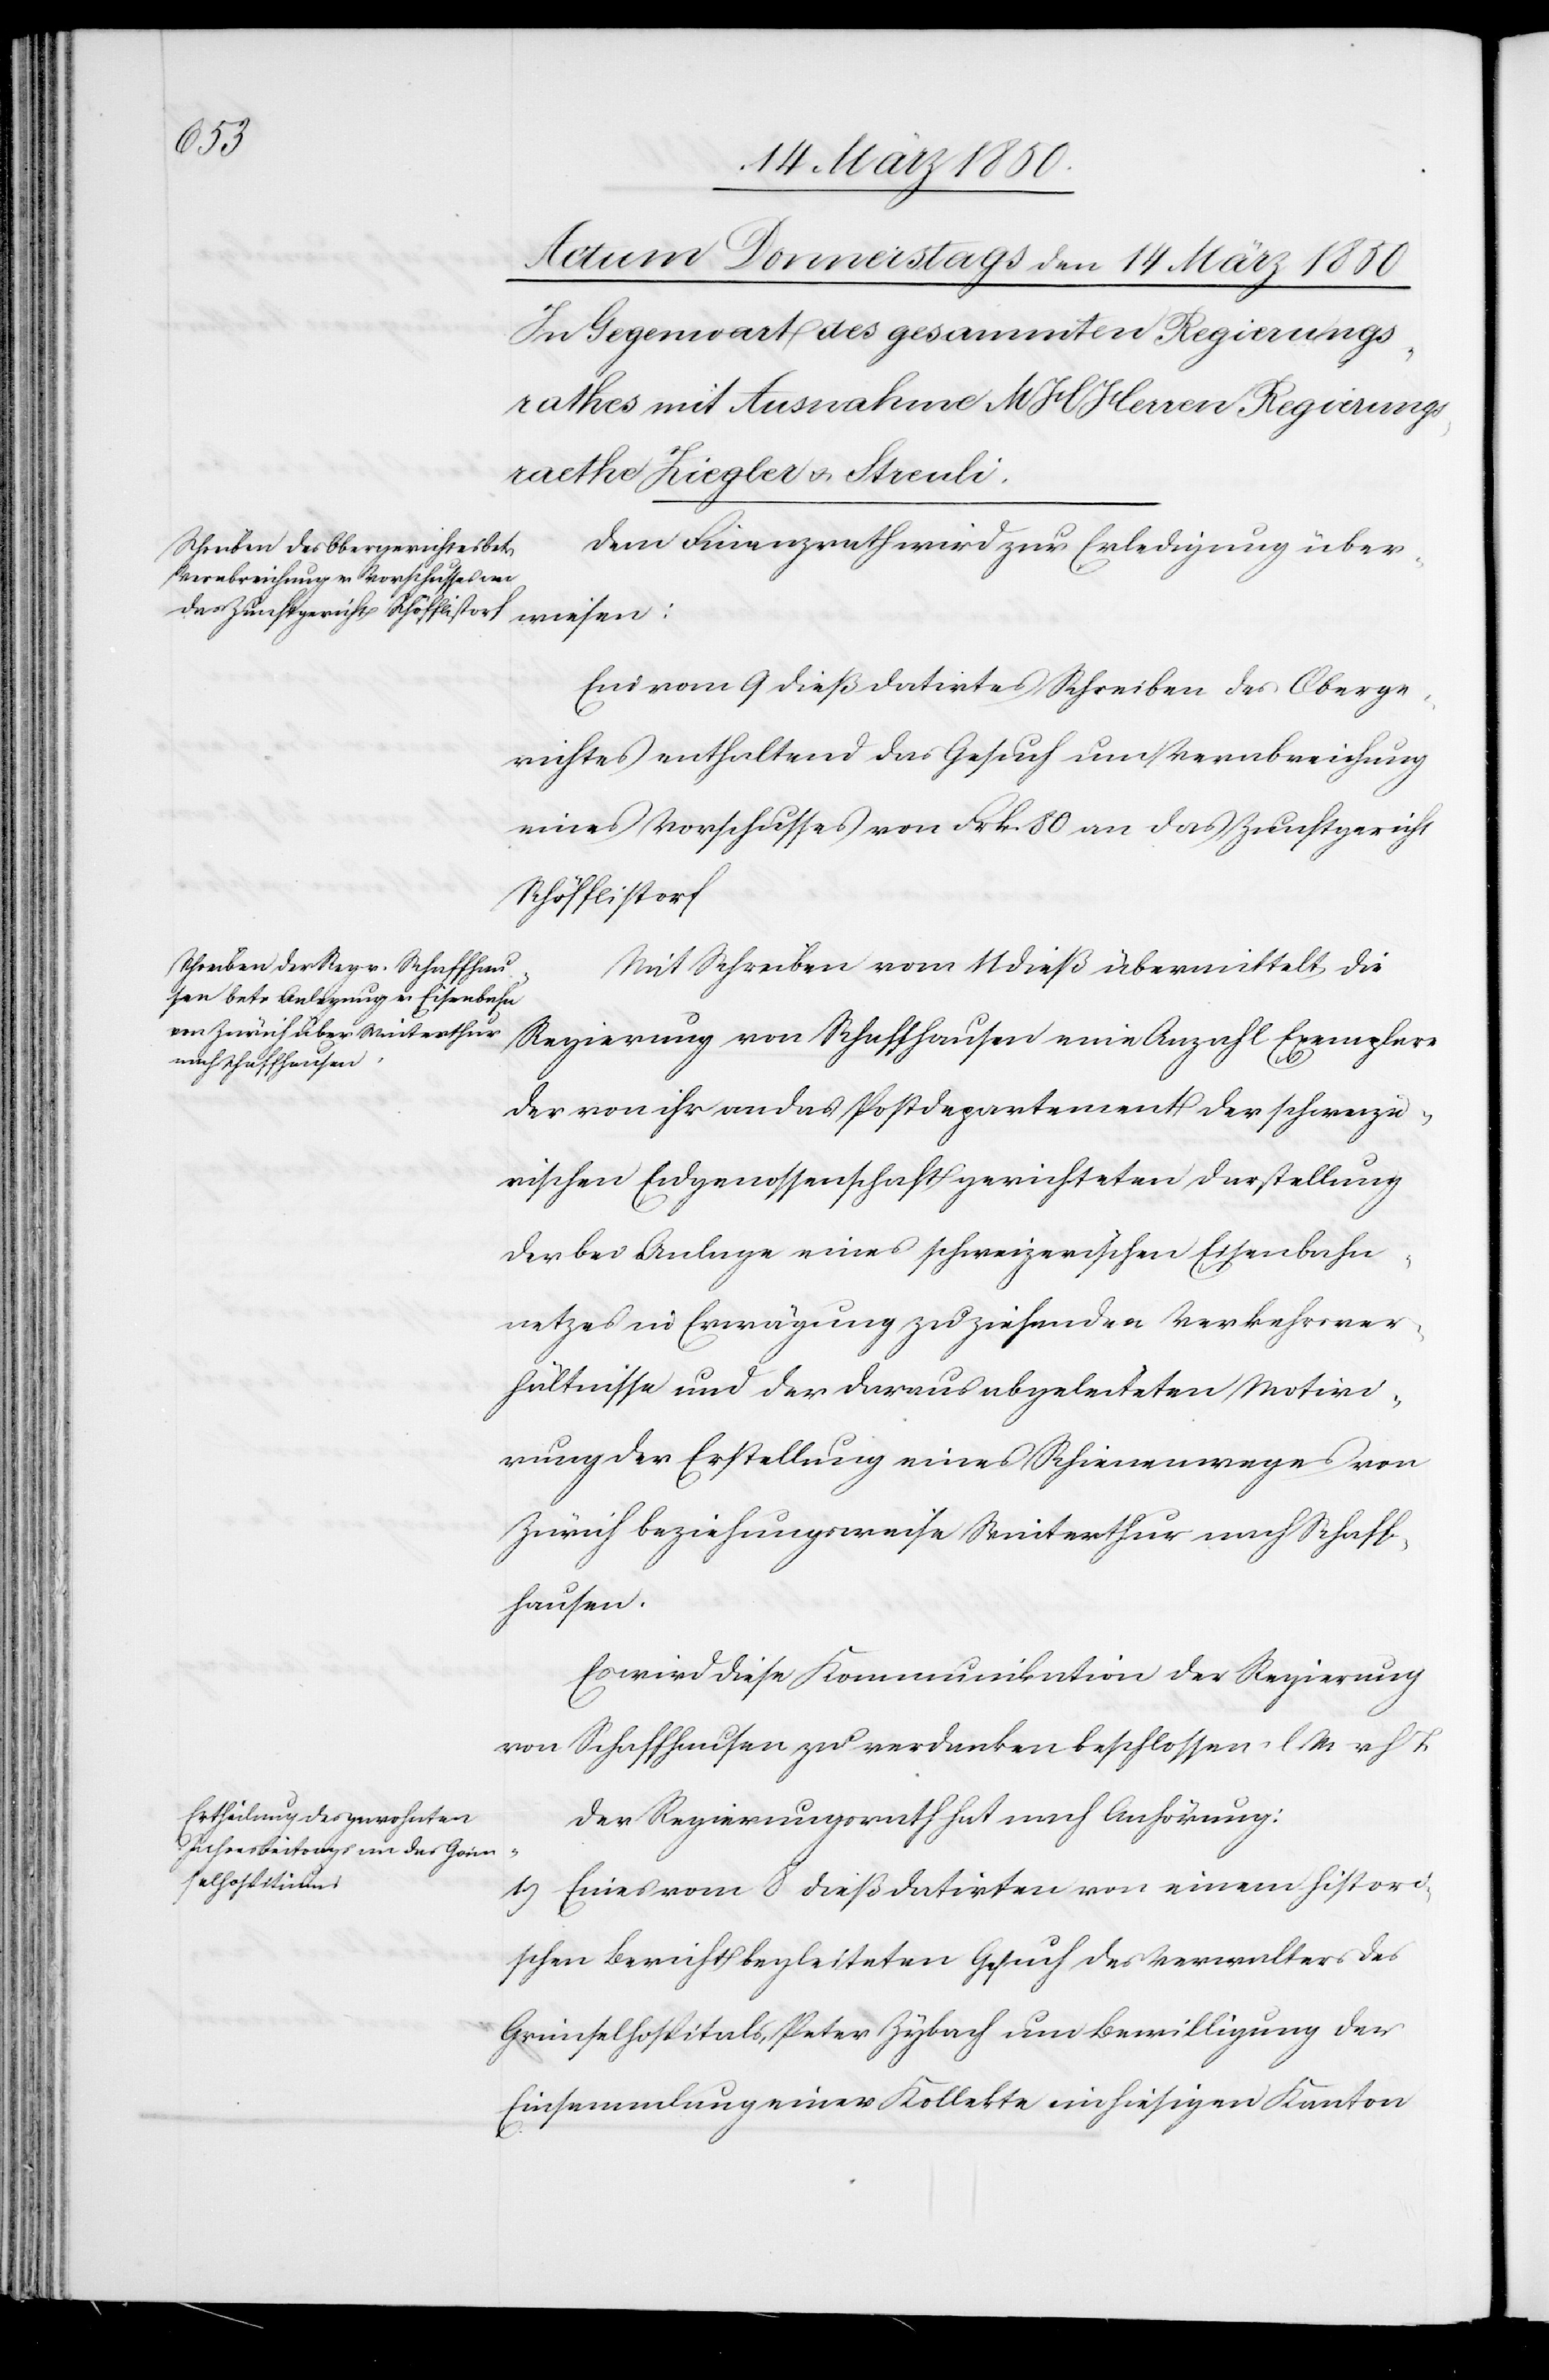
Dem Finanzrath wird zur Erledigung über¬
wiesen:
Ein vom 9 dieß datirtes Schreiben des Oberge¬
richtes enthaltend das Gesuch um Verabreichung
eines Vorschusses von Frk. 80 an das Zunftgericht
Schöfflistorf
Mit Schreiben vom 11 dieß übermittelt die
Regierung von Schaffhausen eine Anzahl Exemplare
der von ihr an das Postdepartement der schweize¬
rischen Eidgenossenschaft gerichteten Darstellung
der bei Anlage eines schweizerischen Eisenbahn¬
netzes in Erwägung zu ziehenden Verkehrsver¬
hältnisse und der daraus abgeleiteten Motivi¬
rung der Erstellung eines Schienenweges von
Zürich beziehungsweise Winterthur nach Schaff¬
hausen.
Es wird diese Kommunikation der Regierung
von Schaffhausen zu verdanken beschlossen. l. M. v. h. T.
Der Regierungsrath hat nach Anhörung:
1.) Eines vom 8 dieß datirten von einem histori¬
schen Bericht begleiteten Gesuch des Verwalters des
Grimselhospitals, Peter Zybach um Bewilligung der
Einsammlung einer Kollekte im hiesigen Kanton